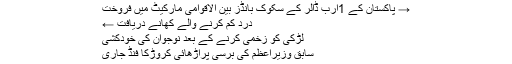
→ پاکستان کے 1ارب ڈالر کے سکوک بانڈز بین الاقوامی مارکیٹ میں فروخت
درد کم کرنے والے کھانے دریافت ←
لڑکی کو زخمی کرنے کے بعد نوجوان کی خودکشی
سابق وزیراعظم کی برسی پراڑھائی کروڑکا فنڈ جاری